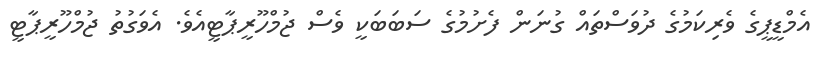
އެމްޑީޕީގެ ވެރިކަމުގެ ދުވަސްތައް ގުނަން ފެށުމުގެ ސަބަބަކީ ވެސް ޖުމްހޫރީޕާޓީއެވެ. އެވަގުތު ޖުމްހޫރީޕާޓީ